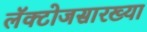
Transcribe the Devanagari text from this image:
लॅक्टोजसारख्या